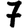
Digit: 7